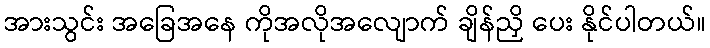
အားသွင်း အခြေအနေ ကိုအလိုအလျောက် ချိန်ညှိ ပေး နိုင်ပါတယ်။